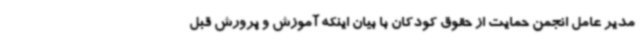
مدیر عامل انجمن حمایت از حقوق کودکان با بیان اینکه آموزش و پرورش قبل